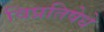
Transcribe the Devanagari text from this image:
विप्रतिषेधे